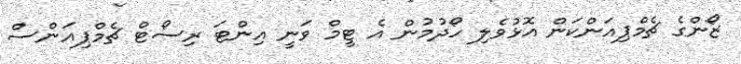
ޒޯންގެ ޗެމްޕިއަންކަން އޮޅުވެލި ހޯދުމުން އެ ޓީމް ވަނީ އިންޓަ ރިސޯޓް ޗެމްޕިއަންސް